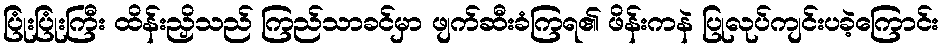
ပြုံးပြုံးကြီး ထိန်းညှိသည် ကြည်သာခင်မှာ ဖျက်ဆီးခံကြရ၏ ဖိန်းကနဲ ပြုလုပ်ကျင်းပခဲ့ကြောင်း